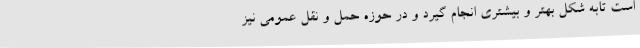
است تابه شکل بهتر و بیشتری انجام گیرد و در حوزه حمل و نقل عمومی نیز